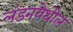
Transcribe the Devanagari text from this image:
लंडनयेथील